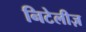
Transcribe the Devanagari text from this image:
निटेलीज़